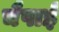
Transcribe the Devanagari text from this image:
चैपाई